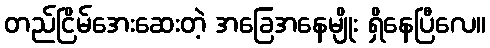
တည်ငြိမ်အေးဆေးတဲ့ အခြေအနေမျိုး ရှိနေပြီလေ။